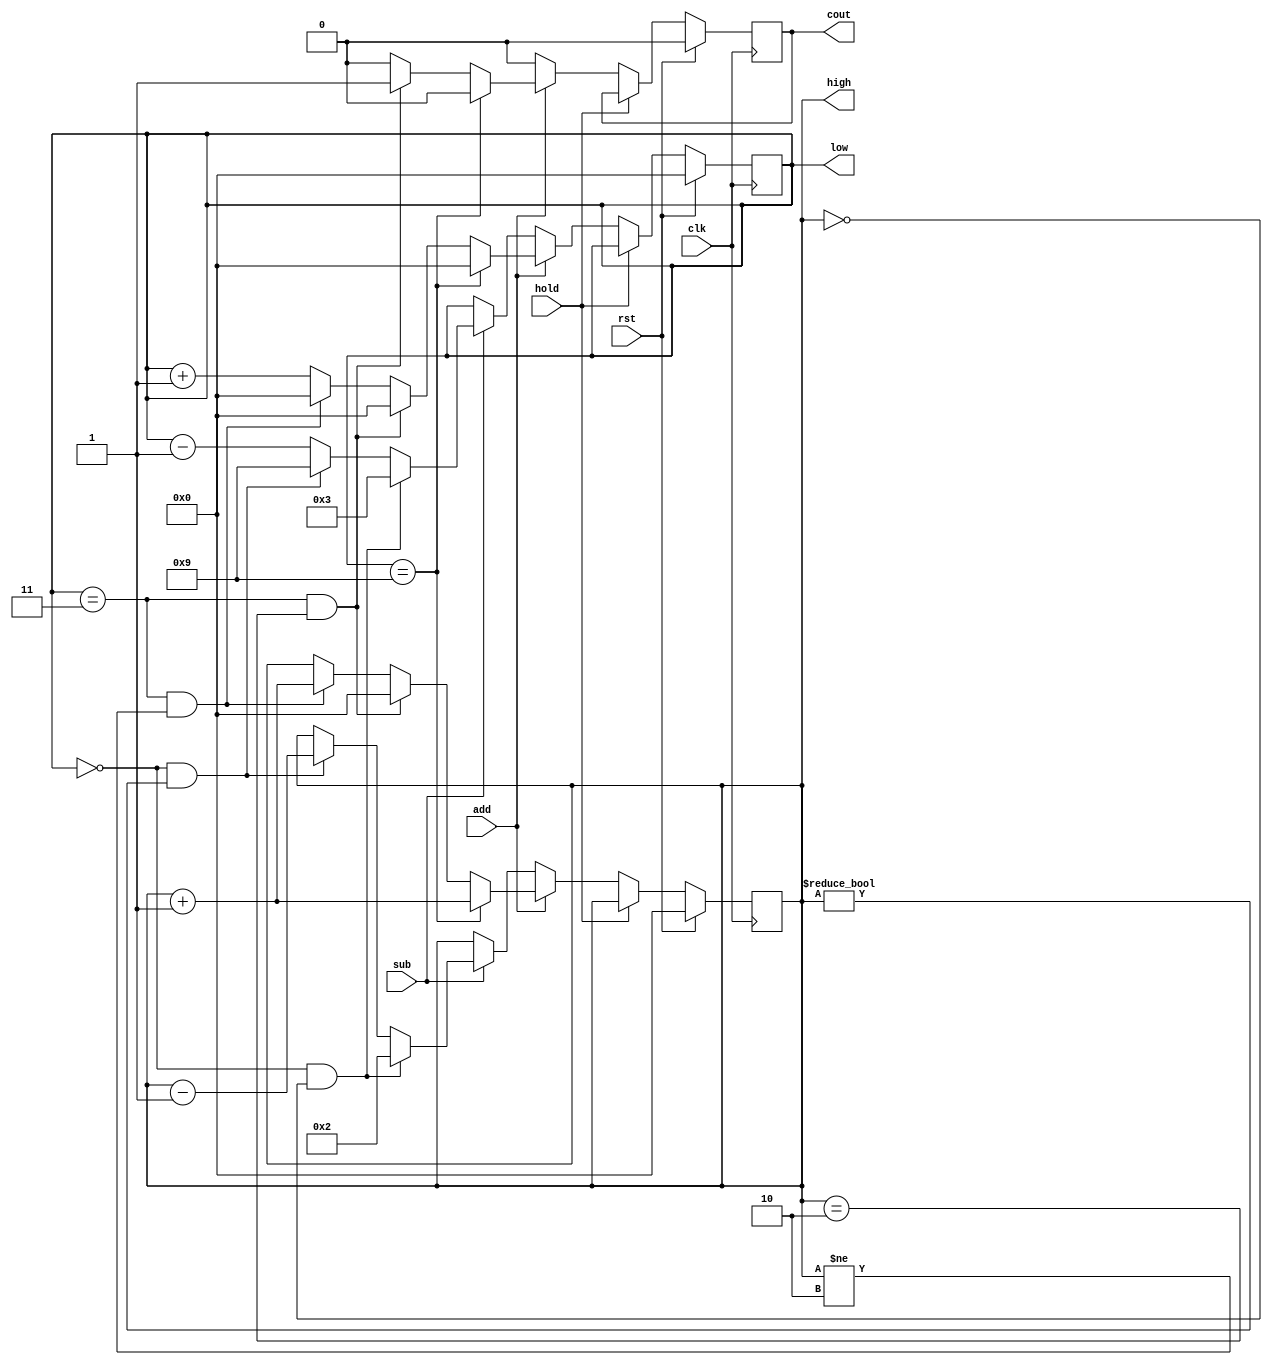
module register24_decimal(
    input clk,
    input add,
    input sub,
    input rst,
    input hold,
    output reg [3:0] low, high,
    output reg cout
);
    initial begin
        low = 0;
        high = 0;
        cout = 0;
    end
    
    always @(posedge clk) begin
        if (rst) begin
            high <= 0;
            low <= 0;
            cout <= 0;
        end else if (hold) begin
            high <= high;
            low <= low;
            cout <= cout;
        end else begin
        if (add) begin
            if (low == 4'd9) begin
                low <= 0;
                high <= high + 1;
                cout <= 0;
            end else if (low == 4'd3 && high == 4'd2) begin
                low <= 0;
                high <= 0;
                cout <= 1;
            end else if (low == 4'd3 && high != 4'd2) begin
                low <= 0;
                high <= high + 1;
                cout <= 0;
            end else begin
                low <= low + 1;
                cout <= 0;
                high <= high;
            end
        end else if (sub) begin
            if (low == 4'd0 && high == 4'd0) begin
                low <= 3;
                high <= 2;
            end else if (low == 4'd0 && high != 4'd0) begin
                low <= 9;
                high <= high - 1;
            end else begin
                low <= low - 1;
                high <= high;
            end
            cout <= 0;
        end else begin
            low <= low;
            high <= high;
            cout <= 0;
        end
        end
    end

//    always @(posedge add) begin
//        if (low == 4'd3 && high == 4'd2 && !set) begin
//            cout <= 1;
//        end else begin
//            cout <= 0;
//        end
//        if (low == 4'd9) begin
//            low <= 0;
//            high <= high + 1;
//        end else if (low == 4'd3) begin
//            if (high == 4'd2) begin
//                high <= 0;
//                low <= 0;
//            end else begin
//                high <= high;
//                low <= low + 1;
//            end
//        end else begin
//            if (add) low <= low + 1;
//            else low <= low;
//        end
//    end
    
//    always @(posedge sub) begin
//        if (!add) begin
//            if (low == 4'd0) begin
//                if (high == 4'd0) begin
//                    high <= 2;
//                    low <= 3;
//                end else begin
//                    high <= high - 1;
//                    low <= 9;
//                end
//            end else begin
//                if (sub) low <= low - 1;
//                else low <= low;
//            end
//        end
//    end
endmodule